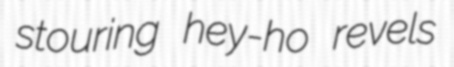
stouring hey-ho revels